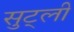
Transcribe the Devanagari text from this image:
सुट्ली